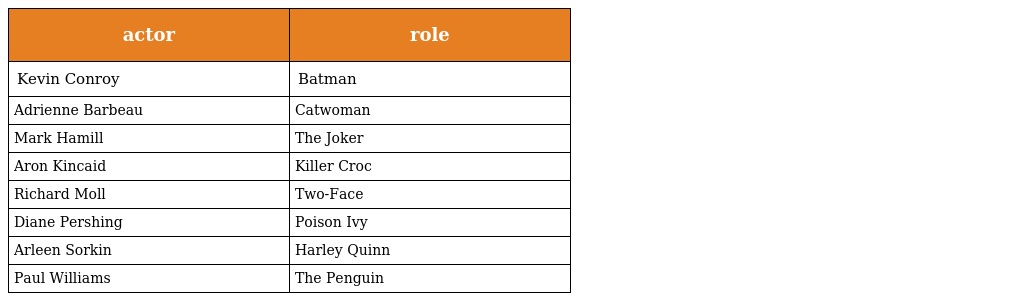
| actor | role |
 | --- | --- |
 | Kevin Conroy | Batman |
 | Adrienne Barbeau | Catwoman |
 | Mark Hamill | The Joker |
 | Aron Kincaid | Killer Croc |
 | Richard Moll | Two-Face |
 | Diane Pershing | Poison Ivy |
 | Arleen Sorkin | Harley Quinn |
 | Paul Williams | The Penguin |